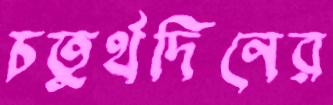
চতুর্থদিনের